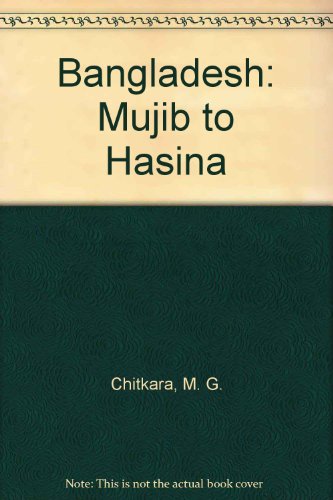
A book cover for Bangladesh: Mujib to Hasina; M. G. Chitkara; Travel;